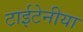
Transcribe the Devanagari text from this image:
टाईटेनीया